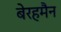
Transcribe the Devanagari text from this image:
बेरहमैन